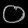
Digit: ၀